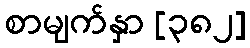
စာမျက်နှာ [၃၈၂]